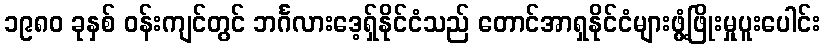
၁၉၈၀ ခုနှစ် ဝန်းကျင်တွင် ဘင်္ဂလားဒေ့ရှ်နိုင်ငံသည် တောင်အာရှနိုင်ငံများဖွံ့ဖြိုးမှုပူးပေါင်း